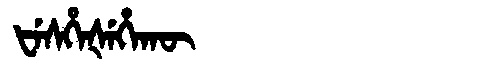
Manchu: ᡶᡝᠰᡥᡝᡧᡝᡥᠠᡴᡡ
Romanization: FESHEŠEHAKŪ